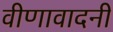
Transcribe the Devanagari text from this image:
वीणावादनी